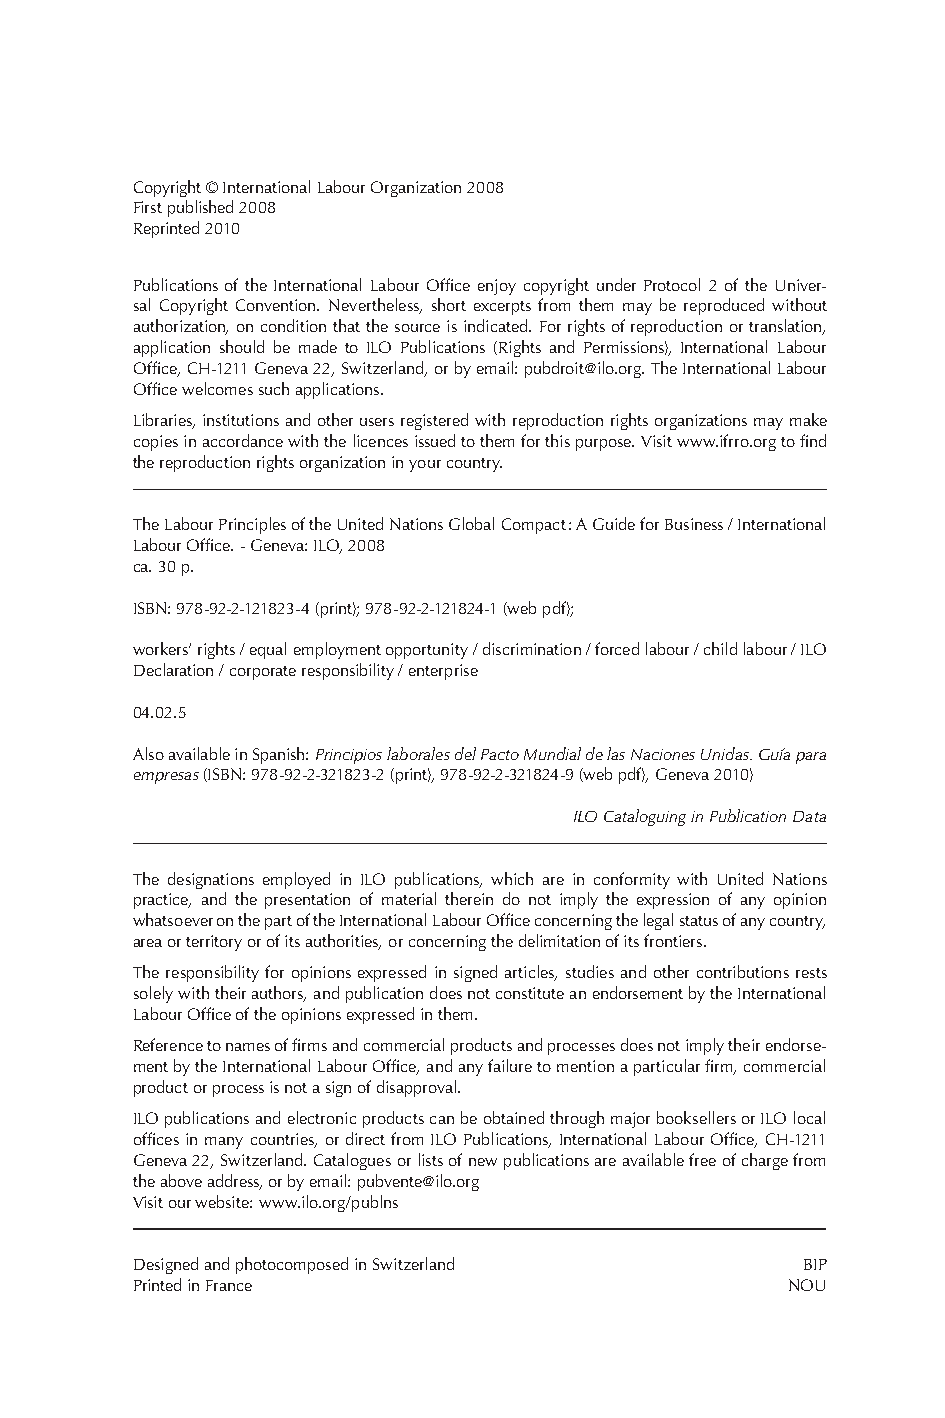
Copyright © International Labour Organization 2008
 First published 2008
 Reprinted 2010
 Publications of the International Labour Office enjoy copyright under Protocol 2 of the Univer-
 sal Copyright Convention. Nevertheless, short excerpts from them may be reproduced without
 authorization, on condition that the source is indicated. For rights of reproduction or translation,
 application should be made to ILO Publications (Rights and Permissions), International Labour
 Office, CH-1211 Geneva 22, Switzerland, or by email: pubdroit@ilo.org. The International Labour
 Office welcomes such applications.
 Libraries, institutions and other users registered with reproduction rights organizations may make
 copies in accordance with the licences issued to them for this purpose. Visit www.ifrro.org to find
 the reproduction rights organization in your country.
 The Labour Principles of the United Nations Global Compact : A Guide for Business / International
 Labour Office. - Geneva: ILO, 2008
 ca. 30 p.
 ISBN: 978-92-2-121823-4 (print); 978-92-2-121824-1 (web pdf);
 workers’ rights / equal employment opportunity / discrimination / forced labour / child labour / ILO
 Declaration / corporate responsibility / enterprise
 04.02.5
 Also available in Spanish: Principios laborales del Pacto Mundial de las Naciones Unidas. Guía para
 empresas (ISBN: 978-92-2-321823-2 (print), 978-92-2-321824-9 (web pdf), Geneva 2010)
 ILO Cataloguing in Publication Data
 The designations employed in ILO publications, which are in conformity with United Nations
 practice, and the presentation of material therein do not imply the expression of any opinion
 whatsoever on the part of the International Labour Office concerning the legal status of any country,
 area or territory or of its authorities, or concerning the delimitation of its frontiers.
 The responsibility for opinions expressed in signed articles, studies and other contributions rests
 solely with their authors, and publication does not constitute an endorsement by the International
 Labour Office of the opinions expressed in them.
 Reference to names of firms and commercial products and processes does not imply their endorse-
 ment by the International Labour Office, and any failure to mention a particular firm, commercial
 product or process is not a sign of disapproval.
 ILO publications and electronic products can be obtained through major booksellers or ILO local
 offices in many countries, or direct from ILO Publications, International Labour Office, CH-1211
 Geneva 22, Switzerland. Catalogues or lists of new publications are available free of charge from
 the above address, or by email: pubvente@ilo.org
 Visit our website: www.ilo.org/publns
 Designed and photocomposed in Switzerland   BIP
 Printed in France                          NOU